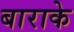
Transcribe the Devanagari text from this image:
बाराके